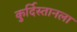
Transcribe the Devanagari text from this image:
कुर्दिस्तानला